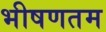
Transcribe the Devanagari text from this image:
भीषणतम